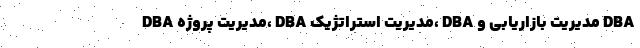
DBA مدیریت پروژه، DBA مدیریت استراتژیک، DBA مدیریت بازاریابی و DBA